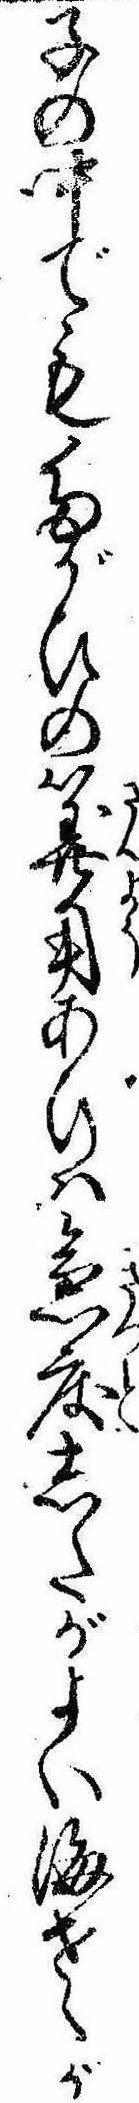
子の中でもたがひの算用あひは急度したがよい海老が